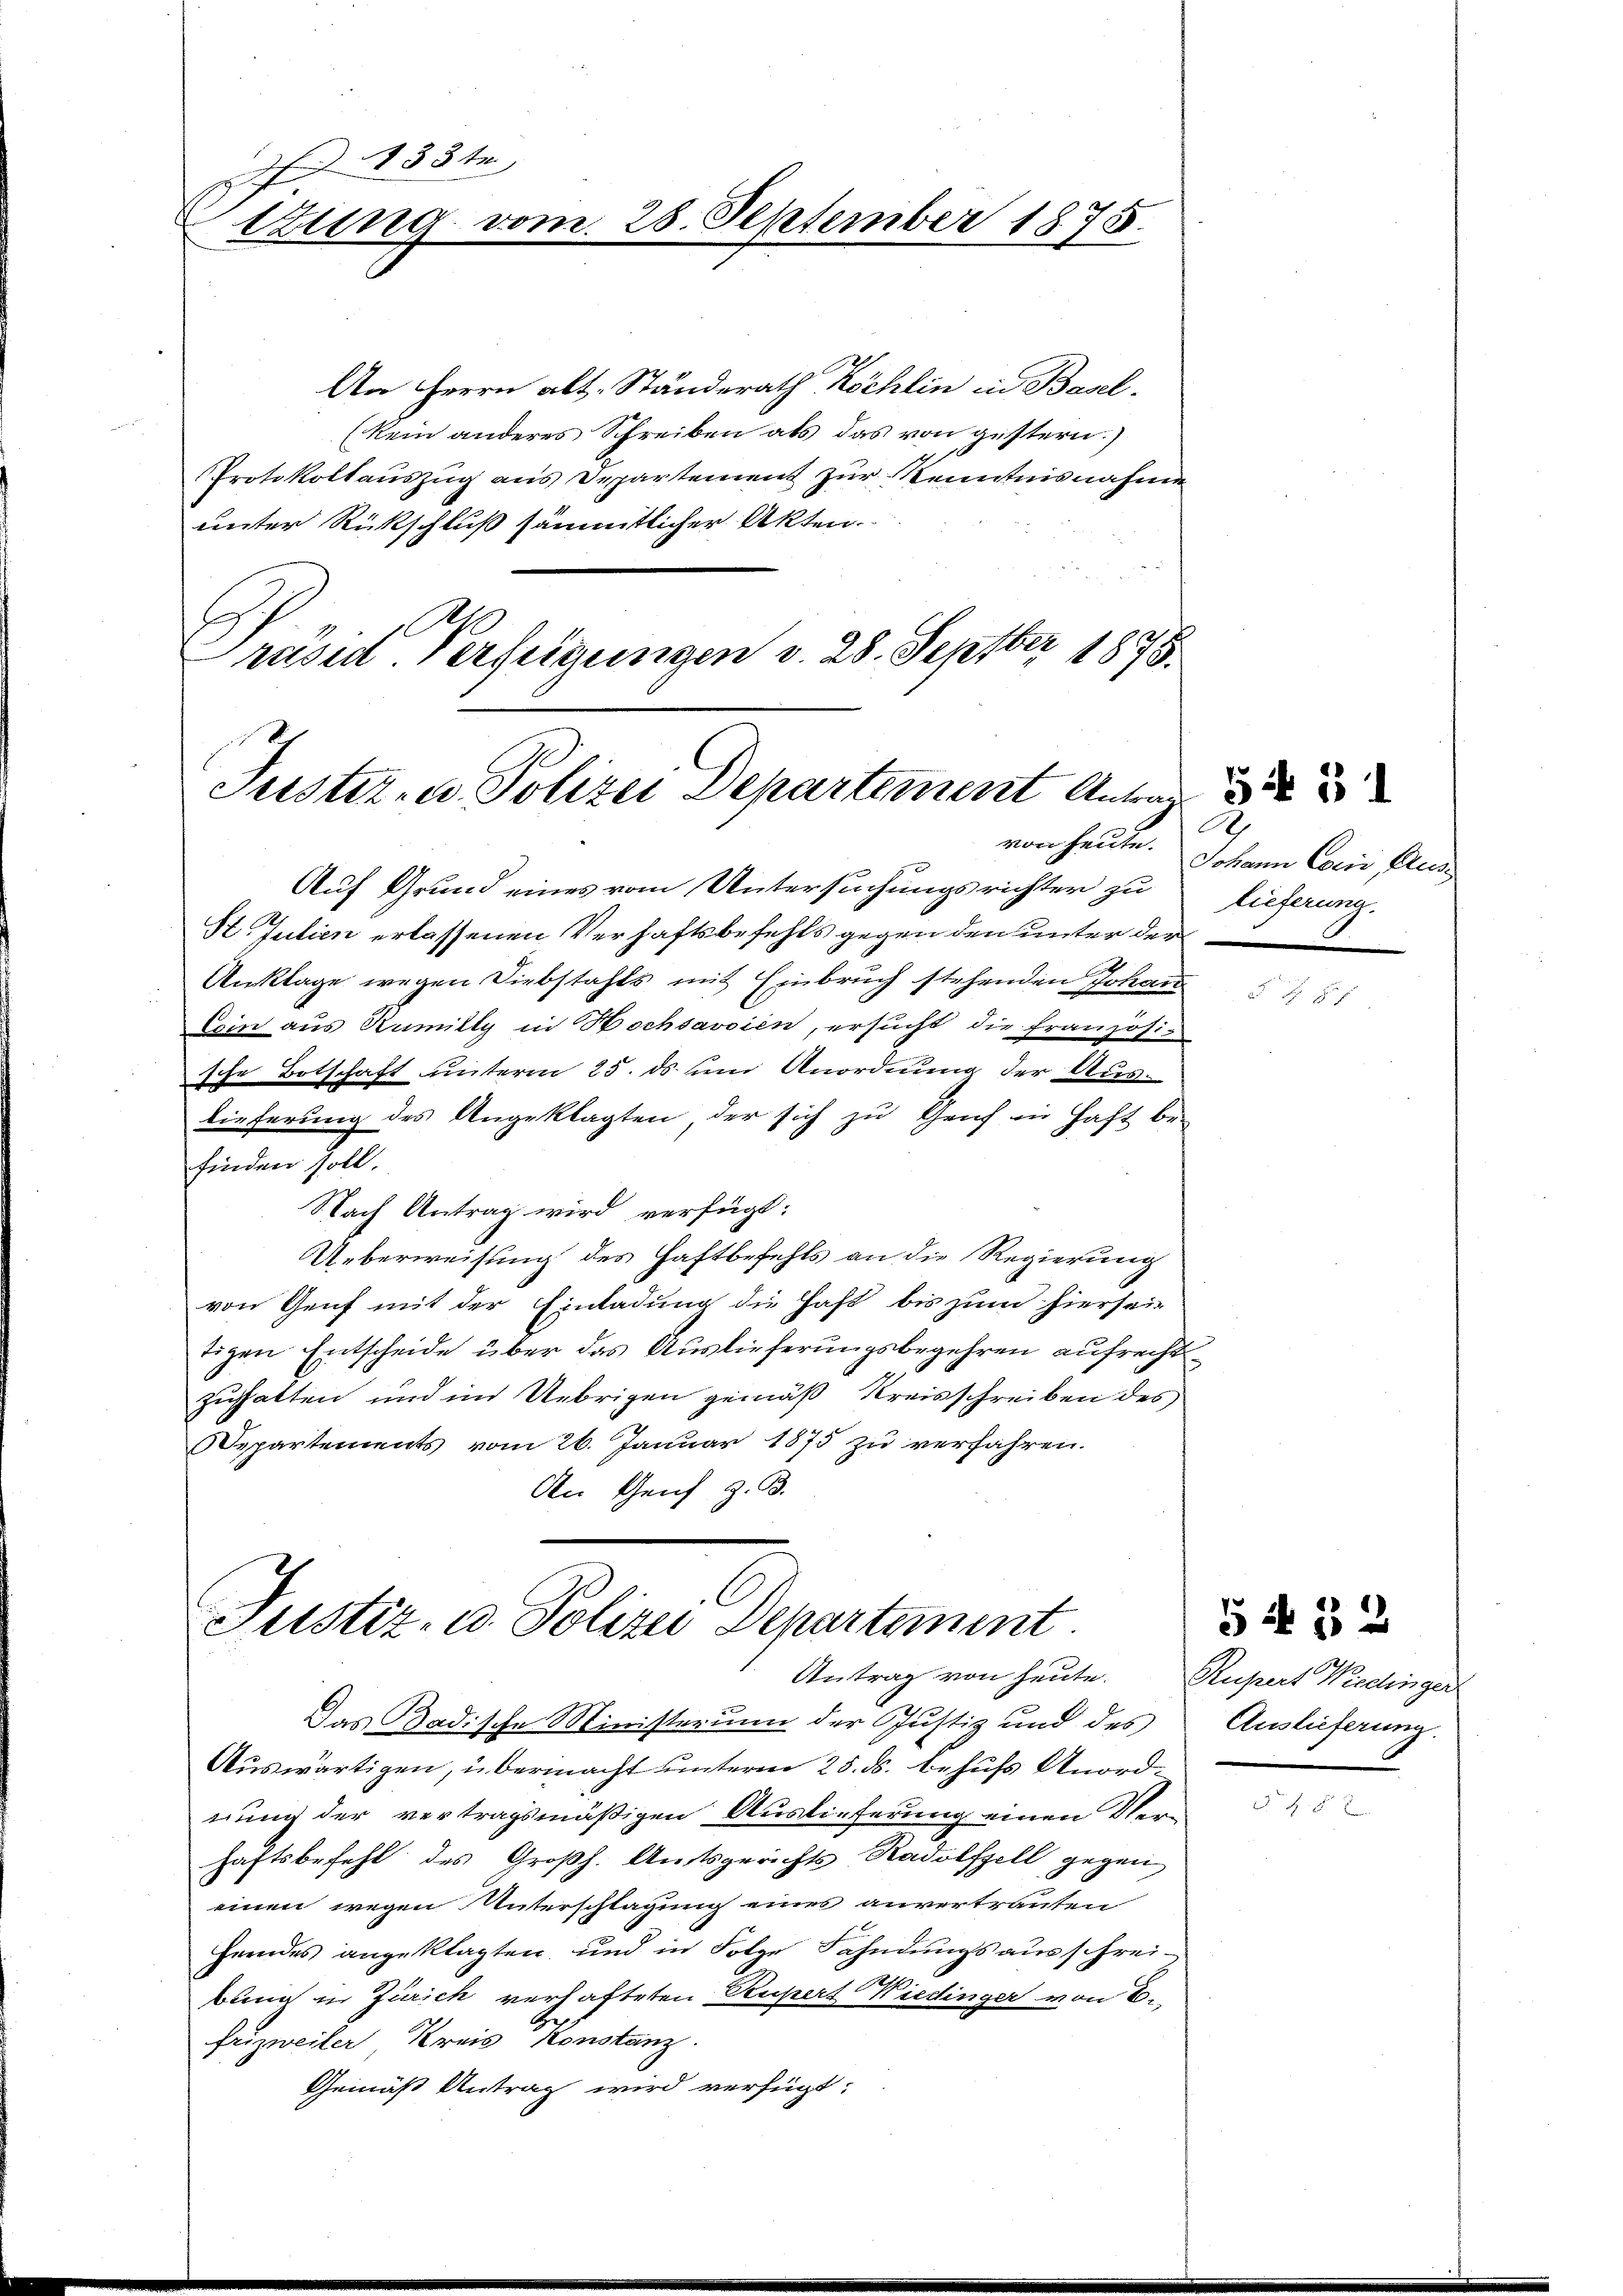
133 te
tzung vom 28. September 1875.

An Herrn alt. Ständerath Köchlin in Basel¬
(kein anderes Schreiben als das von gestern.)
Protokollaŭszŭg aŭs Departement zŭr Kenntnisnahme
unter Rückschluß sämmtlicher Akten.
Präses Verfeigungen v. 28. Septber 1878.

Justiz- u. Polizei Departement Antrag
von heute.

Justiz- u. Polizei Departement
Antrag von heute. Rupert Wiedinger

Auf Grund eines vom Untersuchungsrichter zu lieferung.
St. Julien erlassenen Verhaftsbefehls gegen den unter der
Anklage wegen Diebstahls mit Einbruch stehenden Johan
Ein aus Rumilly in Hochsavoien, ersucht die Französi-
sche Botschaft unterm 25. ds um Anordnung der Auslieferung des Angeklagten, der sich zu Genf in Haft be-
finden soll.
Nach Antrag wird verfügt:
Ueberweisung des Haftbefehls an die Regierung
von Genf mit der Einladung die Haft bis zum hierseitigen Entscheide über das Auslieferungsbegehren aufrecht
zuhalten und im Uebrigen gemäß Kreisschreiben des
Departements vom 26. Januar 1875 zu verfahren.
An Genf z. B.

2
Johann Coris Aus¬

Das Badische Ministerium der Justiz und des Auslieferung.
Auswärtigen, übermacht unterm 25. ds. behufs Anordnung der vertragsmäßigen Auslieferung einen Ver-
haftsbefehl des Großh. Amtsgerichts Radolfzell gegen
einen wegen Unterschlagung eines anvertrauten
Heindes angeklagten, und in Folge Fahndungs ausschreibung in Zürich verhafteten Rupert Wiedinger von E
frizweiter Kreis Konstanz.
Gemäß Antrag wird verfügt:

Si 31

54. 32